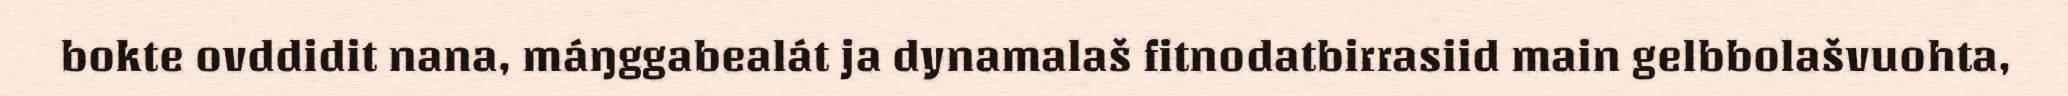
bokte ovddidit nana, máŋggabealát ja dynamalaš fitnodatbirrasiid main gelbbolašvuohta,